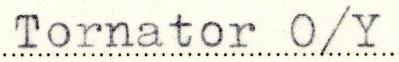
Tornator O/Y